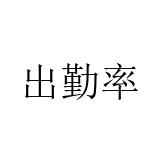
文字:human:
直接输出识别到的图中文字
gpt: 出勤率